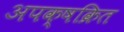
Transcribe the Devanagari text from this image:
अपक्षक्रित